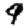
Digit: 9